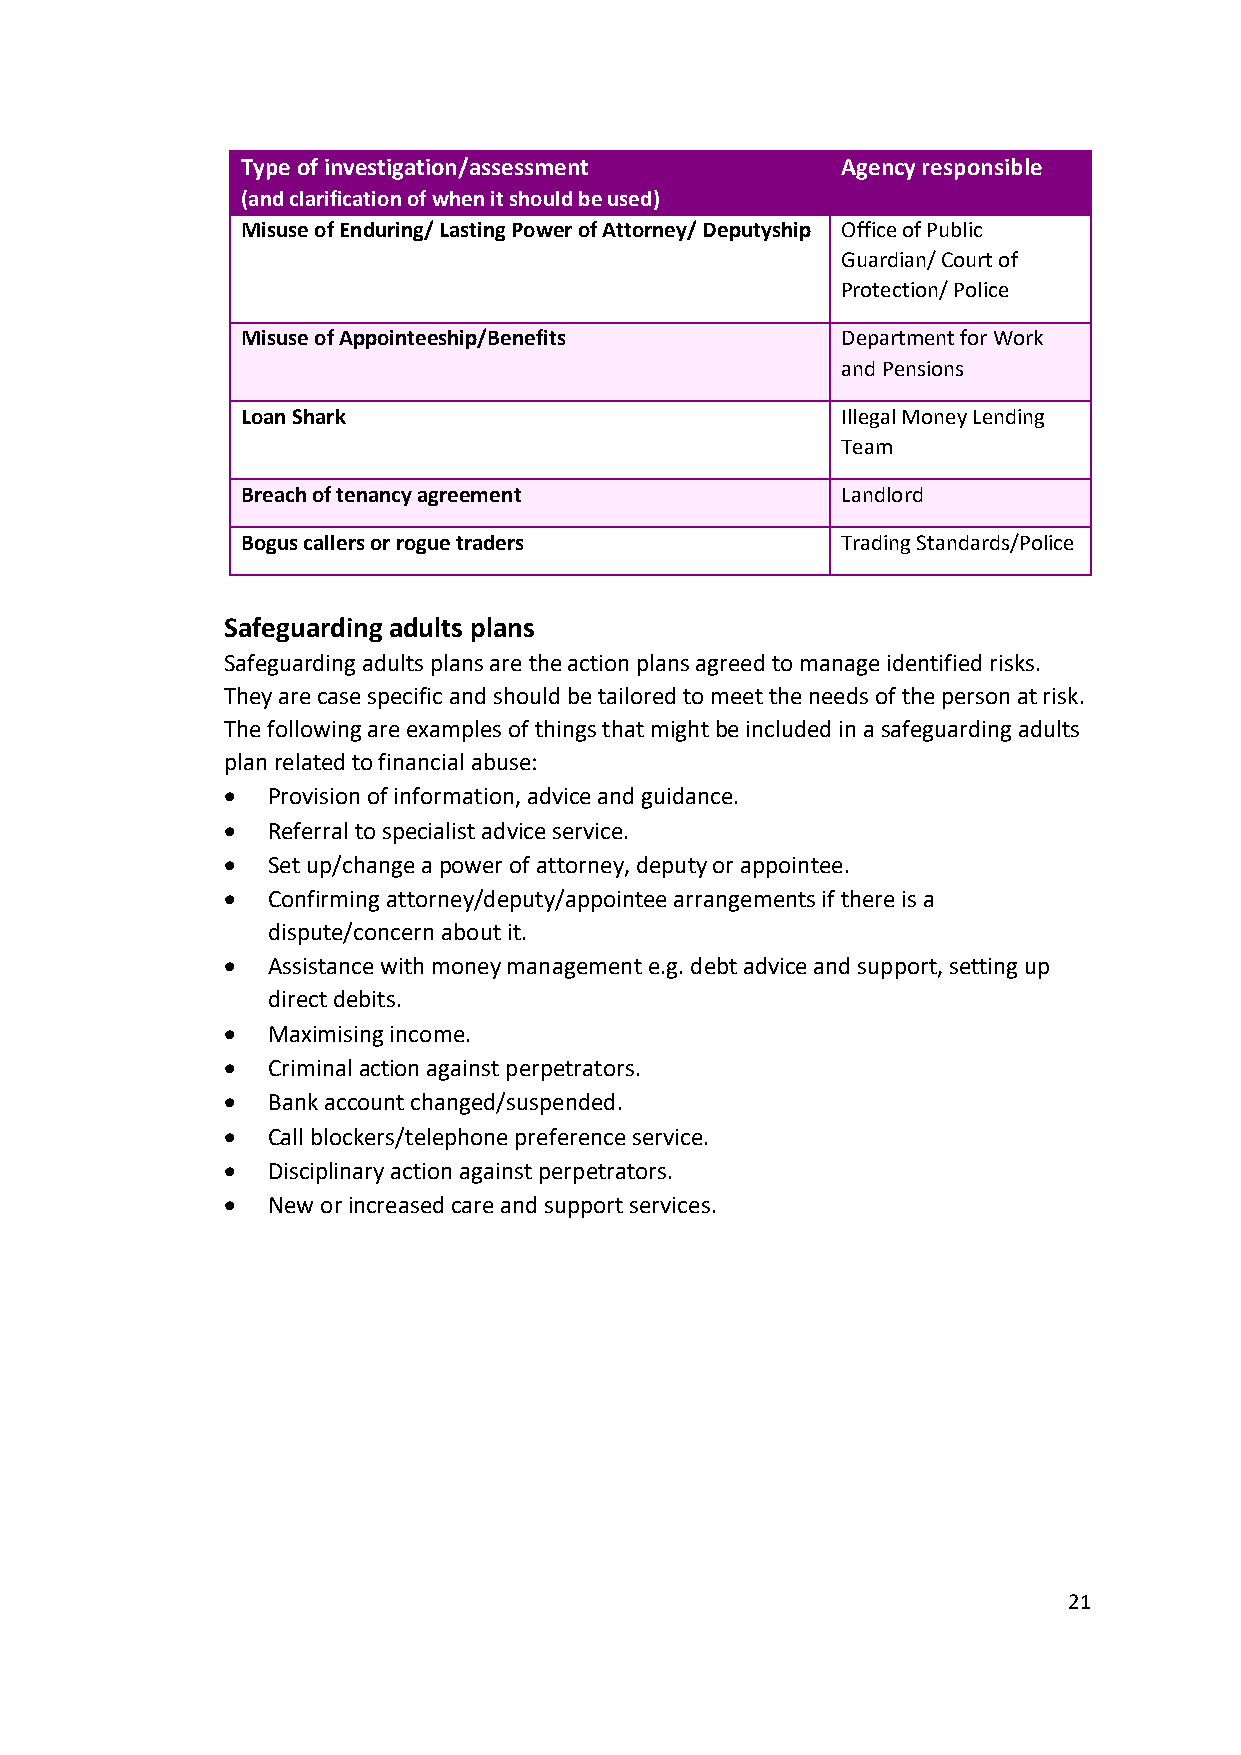
Type of investigation/assessment        Agency responsible
 (and clarification of when it should be used)
 Misuse of Enduring/ Lasting Power of Attorney/ Deputyship Office of Public
 Guardian/ Court of
 Protection/ Police
 Misuse of Appointeeship/Benefits        Department for Work
 and Pensions
 Loan Shark                              Illegal Money Lending
 Team
 Breach of tenancy agreement             Landlord
 Bogus callers or rogue traders          Trading Standards/Police
 Safeguarding adults plans
 Safeguarding adults plans are the action plans agreed to manage identified risks.
 They are case specific and should be tailored to meet the needs of the person at risk.
 The following are examples of things that might be included in a safeguarding adults
 plan related to financial abuse:
 •  Provision of information, advice and guidance.
 •  Referral to specialist advice service.
 •  Set up/change a power of attorney, deputy or appointee.
 •  Confirming attorney/deputy/appointee arrangements if there is a
 dispute/concern about it.
 •  Assistance with money management e.g. debt advice and support, setting up
 direct debits.
 •  Maximising income.
 •  Criminal action against perpetrators.
 •  Bank account changed/suspended.
 •  Call blockers/telephone preference service.
 •  Disciplinary action against perpetrators.
 •  New or increased care and support services.
 21